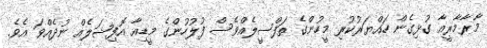
މާރާމާރީއާ ގުޅިގެން ހައްޔަރުކުރި މީހުންގެ ތަފްސީލެއްވެސް ފުލުހުންގެ މީޑިއާ އޮފިޝަލެއް ނުދެއްވަ އެވެ.